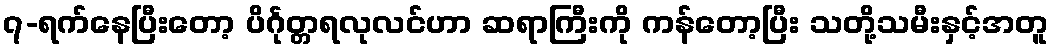
၇-ရက်နေပြီးတော့ ပိင်္ဂုတ္တရလုလင်ဟာ ဆရာကြီးကို ကန်တော့ပြီး သတို့သမီးနှင့်အတူ